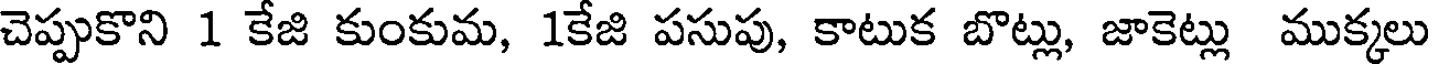
చెప్పుకొని 1 కేజి కుంకుమ, 1కేజి పసుపు, కాటుక బొట్లు, జాకెట్లు ముక్కలు